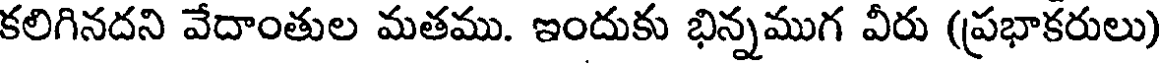
కలిగినదని వేదాంతుల మతము. ఇందుకు భిన్నముగ వీరు (ప్రభాకరులు)